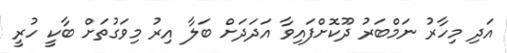
އަދި މިހާރު ނަމްބަރު ދޫކޮށްފައިވާ އަދަދަށް ބަލާ އިރު މިވަގުތަށް ބާކީ ހުރީ